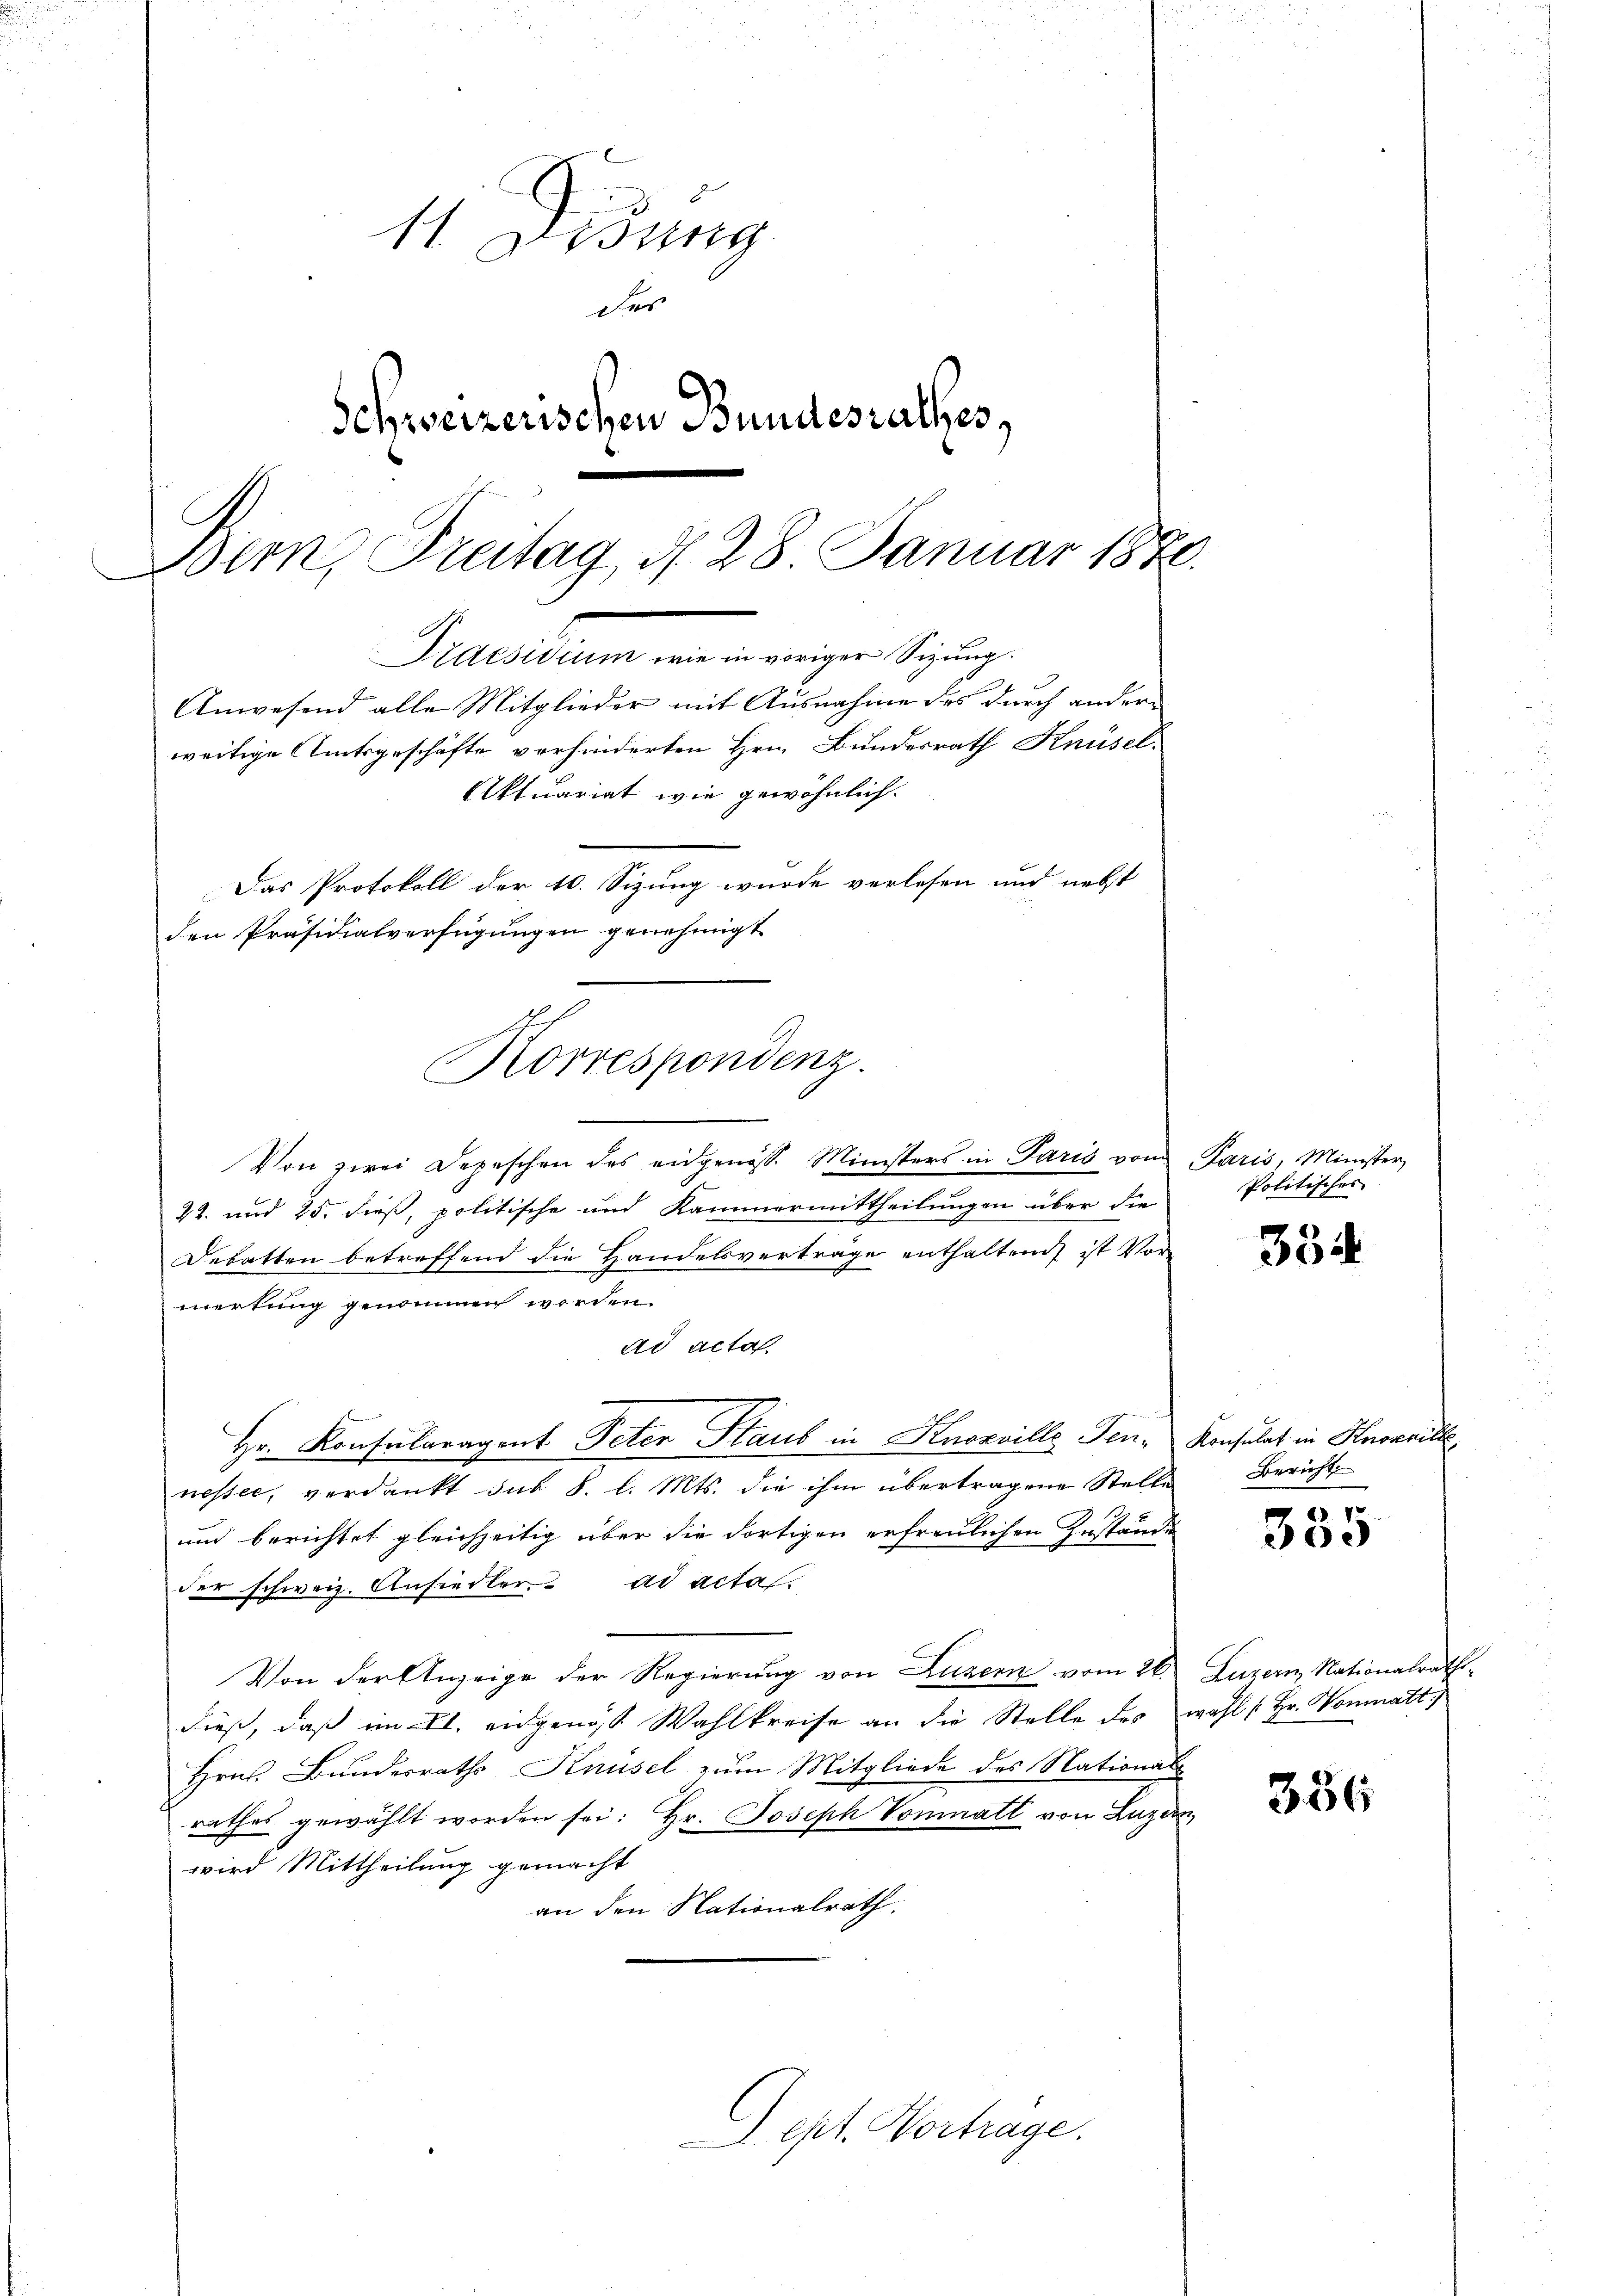
11 Didung
das
Schweizerischen Bundesrathes,
.
Bern Freitag d. 28 Januar 1876.
Praesidium wie in voriger Sizung.
Anwesend alle Mitglieder mit Ausnahme des durch andern
weitige Amtsgeschäfte verhinderten Hrn. Bundesrath Knüsel,
Aktuariat wie gewöhnlich.
Das Protokoll der 10. Sizung wurde verlesen und nebst
den Präsidialverfügungen genehmigt

Korrespondenz.

Von zwei Depeschen des eidgenoss. Ministers in Paris von Paris, Minister,
22. und 25. dieß, politische und Kammermittheilungen über die
Debatten betreffend die Handelsverträge enthaltend, ist Vormerkung genommen werden.
ad acta
nesser, verdankt des §. l. Mts. die ihm übertragene Stelle
und berichtet gleichzeitig über die dortigen erfreulichen Zustände
der schweiz. Ansiedler. ad acta.
Von der Anzeige der Regierung von Luzern vom 26. Luzern, Nationalraths-
dieß, daß im II. eidgenöss Wahlkreise an die Stelle des wohl [Hr. Vonmatt
Hrns. Bundesraths Knüsel zum Mitgliede des Nationalrathes gewählt worden sei: Hr. Joseph Vonmatt von Luzern
wird Mittheilung gemacht
an den Nationalrath,

Hr. Konsularagent Peten Staub in Knorville Ten- Konsulat in Knorri

Sept. Vortrage.

Politisches

354.

Bericht

335

386